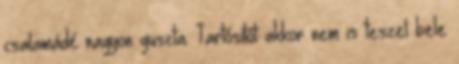
csalamádé nagyon guszta. Tartósítót akkor nem is teszel bele